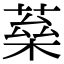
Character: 𦶖